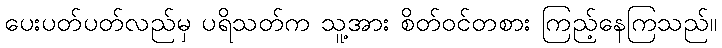
ပေးပတ်ပတ်လည်မှ ပရိသတ်က သူ့အား စိတ်ဝင်တစား ကြည့်နေကြသည်။